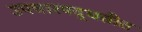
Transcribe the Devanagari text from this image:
उपचारपद्धतीत